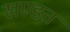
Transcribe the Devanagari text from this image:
खण्डत